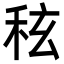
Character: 𮃀